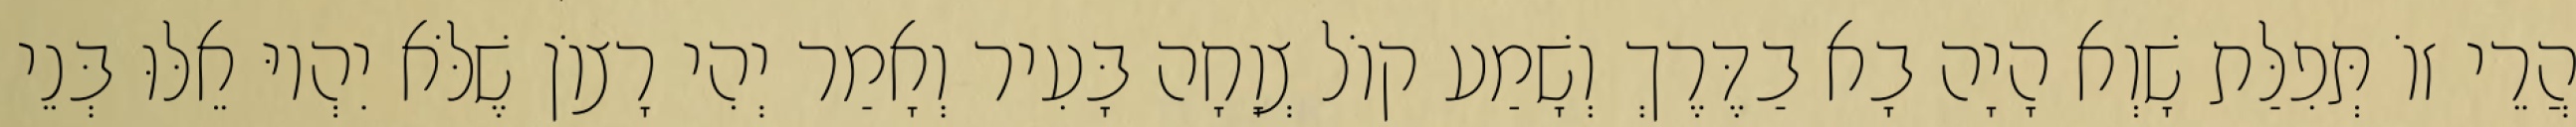
הֲרֵי זוֹ תְּפִלַּת שָׁוְא הָיָה בָא בַדֶּרֶךְ וְשָׁמַע קוֹל צְוָחָה בָּעִיר וְאָמַר יְהִי רָצוֹן שֶׁלֹּא יִהְיוּ אֵלּוּ בְּנֵי